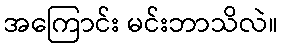
အကြောင်း မင်းဘာသိလဲ။